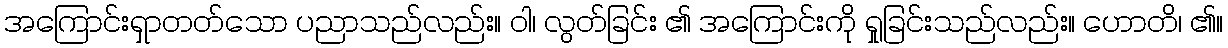
အကြောင်းရှာတတ်သော ပညာသည်လည်း။ ဝါ၊ လွတ်ခြင်း ၏ အကြောင်းကို ရှုခြင်းသည်လည်း။ ဟောတိ၊ ၏။